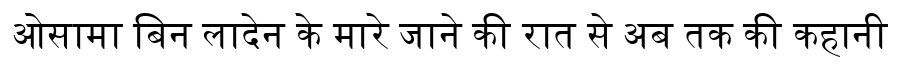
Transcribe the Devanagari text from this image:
ओसामा बिन लादेन के मारे जाने की रात से अब तक की कहानी